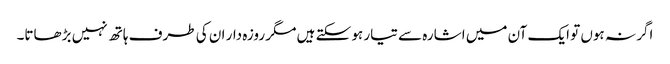
اگر نہ ہوں تو ایک آن میں اشارہ سے تیار ہو سکتے ہیں مگر روزہ دار ان کی طرف ہاتھ نہیں بڑھاتا۔